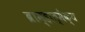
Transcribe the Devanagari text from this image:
ब्राम्हात्मैक्य